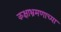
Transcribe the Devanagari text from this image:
कक्षाभ्रमणाच्या